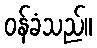
ဝန်ခံသည်။